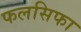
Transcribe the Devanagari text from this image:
फलसिफा